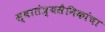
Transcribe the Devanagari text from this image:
स्वातंत्र्यसैनिकांचा